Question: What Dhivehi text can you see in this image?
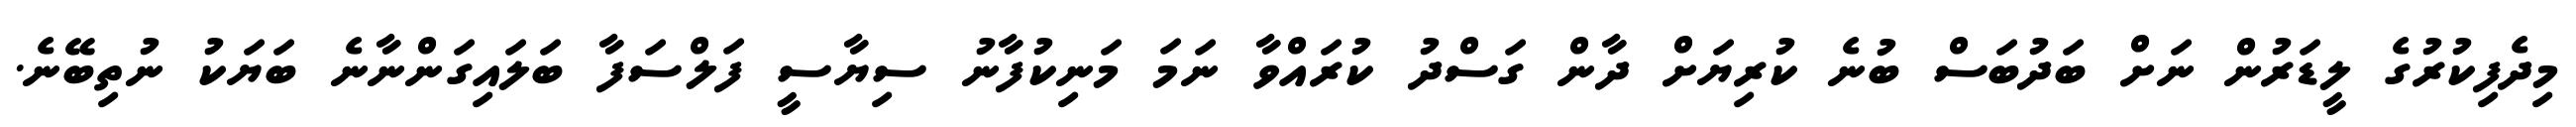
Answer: މިދެފިކުރުގެ ލީޑަރުން ނަށް ބަދުބަސް ބުނެ ކުރިޔަށް ދާން ގަސްދު ކުރައްވާ ނަމަ މަނިކުފާނު ސިޔާސީ ފަލްސަފާ ބަލައިގަންނާނެ ބަޔަކު ނުތިބޭނެ.